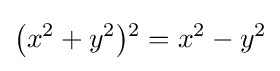
{\bigl (}x^{2}+y^{2}{\bigr )}{}^{2}=x^{2}-y^{2}